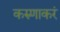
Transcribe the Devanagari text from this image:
करुणाकरं